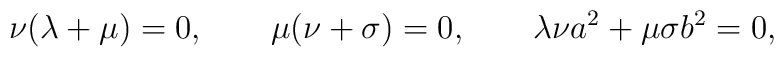
\nu(\lambda+\mu)=0, \qquad \mu(\nu+\sigma)=0,  \qquad \lambda\nu a^2+\mu\sigma b^2=0,